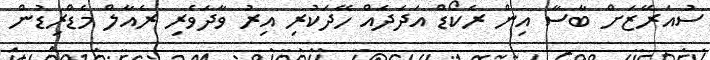
ސުއަރޭޒަށް ބާސާ އިން ރެކޯޑް އަދަދެއް ހޭދަކުރި އިރު ވާދަވެރި ރެއާލް މެޑްރިޑުން